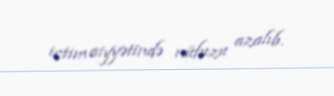
ictimaiyyətində nüfuzu azalıb.